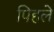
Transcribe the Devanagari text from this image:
पिहले